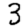
Digit: 3